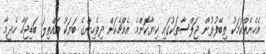
އެހެނެއްކަމަކު ތިބޭފުޅުން ޖަލްސާތަކުގައި ކިޔާކޮންމެ އެއްޗެކަށް ދިވެހިންގެ ބަޔަކު އައްތިލަ ބަޑިޖަހާ ހެދީމާ